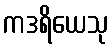
ကဒရိယေသု